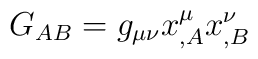
G_{AB} = g_{\mu \nu} x^{\mu}_{,A} x^{\nu}_{,B}